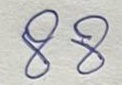
88